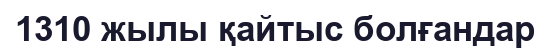
1310 жылы қайтыс болғандар